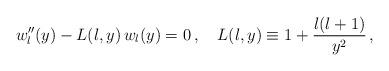
LaTeX: \begin{align*} w_l^{\prime\prime}(y)-L(l, y)\,w_l(y)=0\,,\quad L(l, y)\equiv 1+\frac{l(l+1)}{y^2}\,,\end{align*}